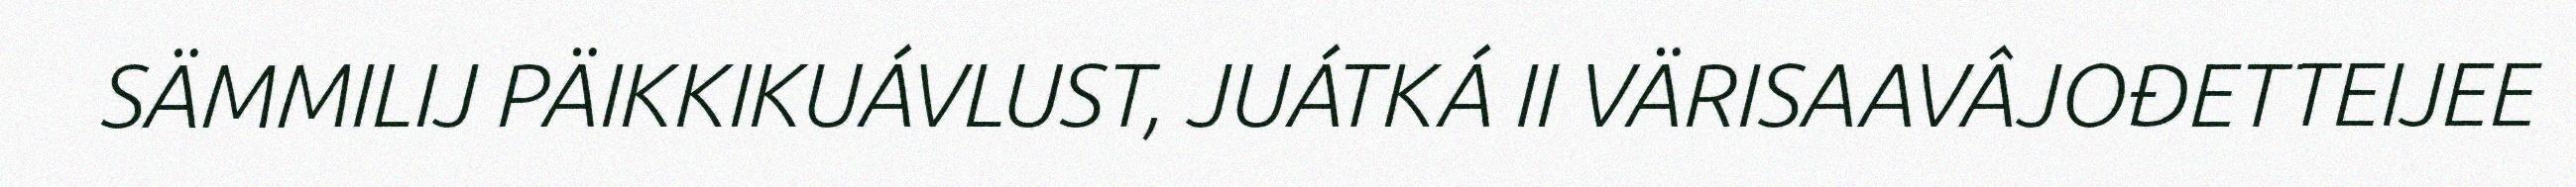
SÄMMILIJ PÄIKKIKUÁVLUST, JUÁTKÁ II VÄRISAAVÂJOĐETTEIJEE